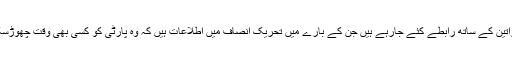
ایسی خواتین کے ساتھ رابطے کئے جارہے ہیں جن کے بارے میں تحریک انصاف میں اطلاعات ہیں کہ وہ پارٹی کو کسی بھی وقت چھوڑسکتی ہیں۔